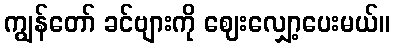
ကျွန်တော် ခင်ဗျားကို ဈေးလျှော့ပေးမယ်။